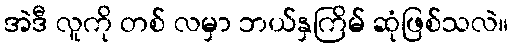
အဲဒီ လူကို တစ် လမှာ ဘယ်နှကြိမ် ဆုံဖြစ်သလဲ။